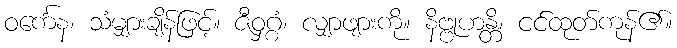
ဝင်္ကေန၊ သံမျှားချိန်ဖြင့်။ ဇီဝှဂ္ဂံ၊ လျှာဖျားကို။ နိဗ္ဗုဟန္တိ၊ ငင်ထုတ်ကုန်၏။